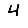
Digit: 4